Newspaper: Eureka daily sentinel. [volume]
Place of publication: Eureka, Nev.
Publisher: A. Skillman & Co.
Date: 1880-01-23 00:00:00
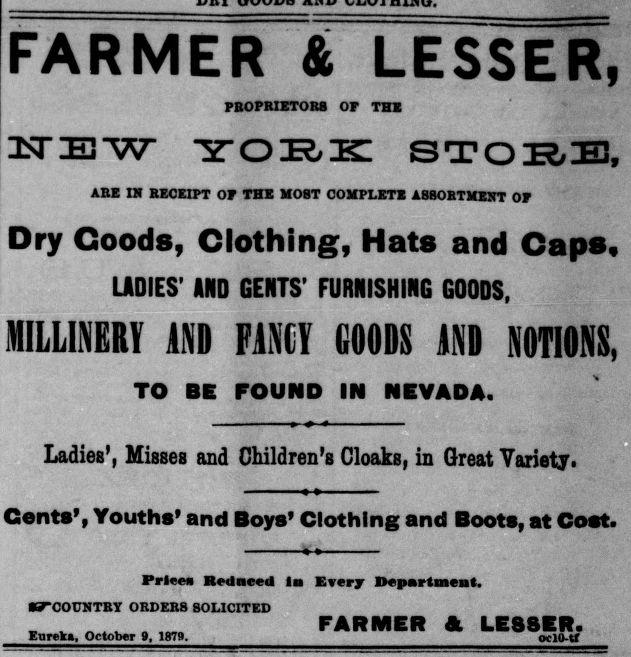
Advertisement text (OCR):
FARMER & LESSER, PROPRIETORS OP THE NEW TORE STORE, ARE IN RECEIPT OP THE M08T COMPLETE ASSORTMENT OP Dry Goods, Clothing, Hats and Caps, LADIES’ AND GENTS’ FURNISHING GOODS, MILLINERY AND FANCY GOODS AND NOTIONS, TO BE FOUND IN NEVADA. Ladies’, Misses and Children’s Cloaks, in Great Variety. Cents’, Youths’ and Boys’ Clothing and Boots, at Coot. Prleea Ketlneed In Every Department. ■^COUNTRY ORDERS SOLICITED v v FARMER A LESSER. Eureka, October 9, 1879. oclO-tf
Label: text-only